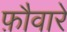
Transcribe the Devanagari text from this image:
फ़ौवारे